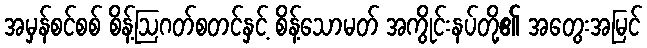
အမှန်စင်စစ် စိန့်ဩဂတ်စတင်နှင့် စိန့်သောမတ် အကွိုင်းနပ်တို့၏ အတွေးအမြင်